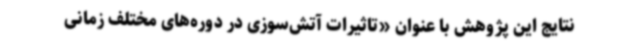
نتایج این پژوهش با عنوان «تاثیرات آتش‌سوزی در دوره‌های مختلف زمانی